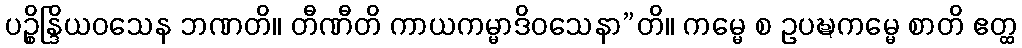
ပဉ္စိန္ဒြိယဝသေန ဘဏတိ။ တီဏီတိ ကာယကမ္မာဒိဝသေနာ”တိ။ ကမ္မေ စ ဥပဍ္ဎကမ္မေ စာတိ ဧတ္ထ